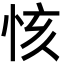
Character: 㤥